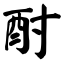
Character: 酎